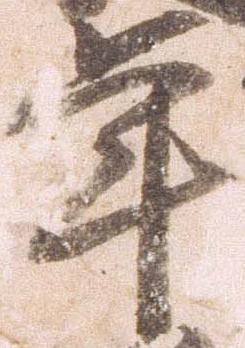
年